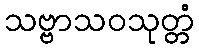
သဗ္ဗာသဝသုတ္တံ